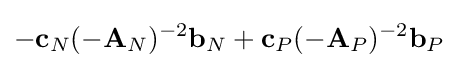
-{\textbf {c}}_{N}(-{\textbf {A}}_{N})^{-2}{\textbf {b}}_{N}+{\textbf {c}}_{P}(-{\textbf {A}}_{P})^{-2}{\textbf {b}}_{P}